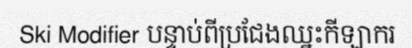
Ski Modifier បន្ទាប់ពីប្រជែងឈ្នះកីឡាករ